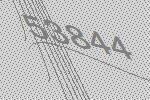
53844